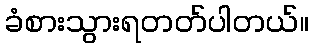
ခံစားသွားရတတ်ပါတယ်။